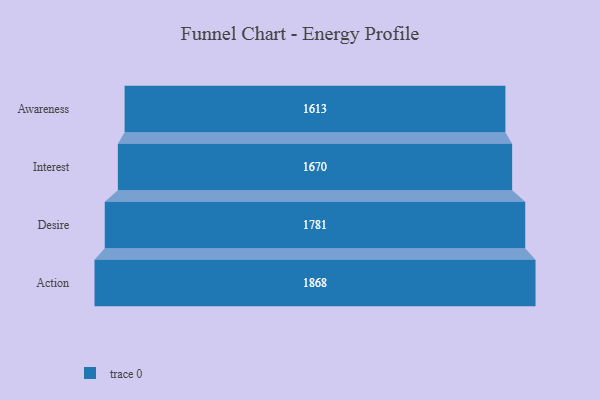
{"axis": {"x": "Stage", "y": "Value"}, "legend": [""], "data": [{"x": "Awareness", "y": 1613.0, "type": ""}, {"x": "Interest", "y": 1670.0, "type": ""}, {"x": "Desire", "y": 1781.0, "type": ""}, {"x": "Action", "y": 1868.0, "type": ""}]}